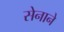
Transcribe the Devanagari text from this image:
सेनाने